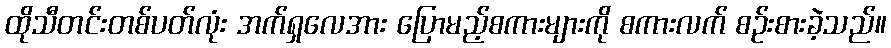
ထိုသီတင်းတစ်ပတ်လုံး အက်ရှလေအား ပြောမည့်စကားများကို စကားလက် စဉ်းစားခဲ့သည်။